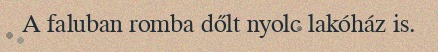
A faluban romba dőlt nyolc lakóház is.